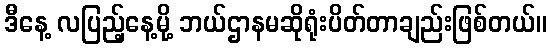
ဒီနေ့ လပြည့်နေ့မို့ ဘယ်ဌာနမဆိုရုံးပိတ်တာချည်းဖြစ်တယ်။